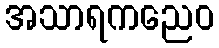
အသာရကညေဝ